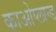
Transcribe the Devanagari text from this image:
काओप्लान्ड